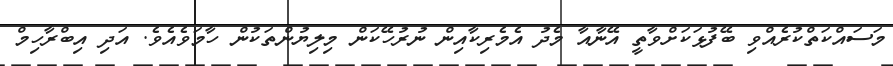
މަސައްކަތްކުރެއްވި ބޭފުޅަކަށްވާތީ އޭނާއާ މެދު އެމެރިކާއިން ނުރުހޭކަން މިލިޔުންތަކުން ހާމަވެއެވެ. އަދި އިބްރާހިމް